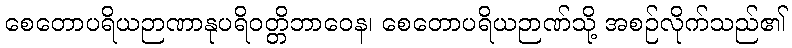
စေတောပရိယဉာဏာနုပရိဝတ္တိဘာဝေန၊ စေတောပရိယဉာဏ်သို့ အစဉ်လိုက်သည်၏